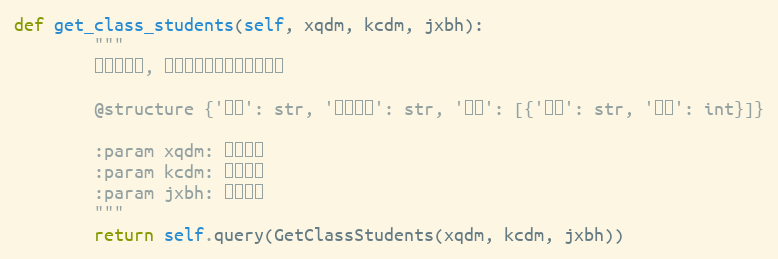
Language: Python
def get_class_students(self, xqdm, kcdm, jxbh):
        """
        教学班查询, 查询指定教学班的所有学生

        @structure {'学期': str, '班级名称': str, '学生': [{'姓名': str, '学号': int}]}

        :param xqdm: 学期代码
        :param kcdm: 课程代码
        :param jxbh: 教学班号
        """
        return self.query(GetClassStudents(xqdm, kcdm, jxbh))